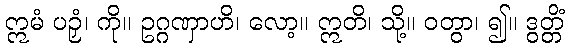
ဣမံ ပဉှံ၊ ကို။ ဥဂ္ဂဏှာဟိ၊ လော့။ ဣတိ၊ သို့။ ဝတွာ၊ ၍။ ဒွတ္တိံ